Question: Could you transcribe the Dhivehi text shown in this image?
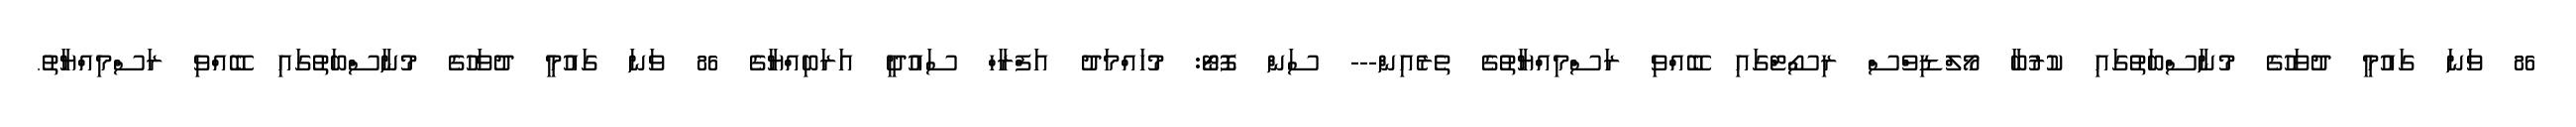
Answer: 86 ވަނަ ގައުމީ ދުވަހުގެ މުނާސްބަތުގައި ކުރުބާ މޯލްޑިވްސް ރިސޯޓްގައި ބޭއްވި ރަސްމިއްޔާތުގެ ތެރެއިން--- ސަން ފޮޓޯ: މުހައްމަދު އަފްރާހް ސައުދީ އަރަބިއްޔާގެ 86 ވަނަ ގައުމީ ދުވަހުގެ މުނާސްބަތުގައި ބޭއްވި ރަސްމިއްޔާތު.